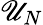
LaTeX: \mathscr{U}_{N}